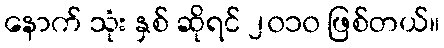
နောက် သုံး နှစ် ဆိုရင် ၂၀၁၀ ဖြစ်တယ်။